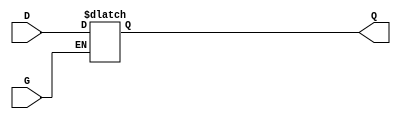
module gated_transparent_latch (
    input wire D,     // Data input
    input wire G,     // Gate/Enable signal
    output reg Q      // Output
);

// Always block that is sensitive to the gate signal
always @(*) begin
    if (G) begin
        Q = D;  // When G is high, Q follows D
    end
    // When G is low, Q retains its last value (hold state)
end

endmodule